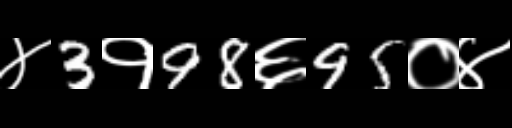
Text: ४3१98६95०४